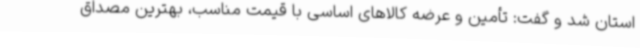
استان شد و گفت: تأمین و عرضه کالاهای اساسی با قیمت مناسب، بهترین مصداق